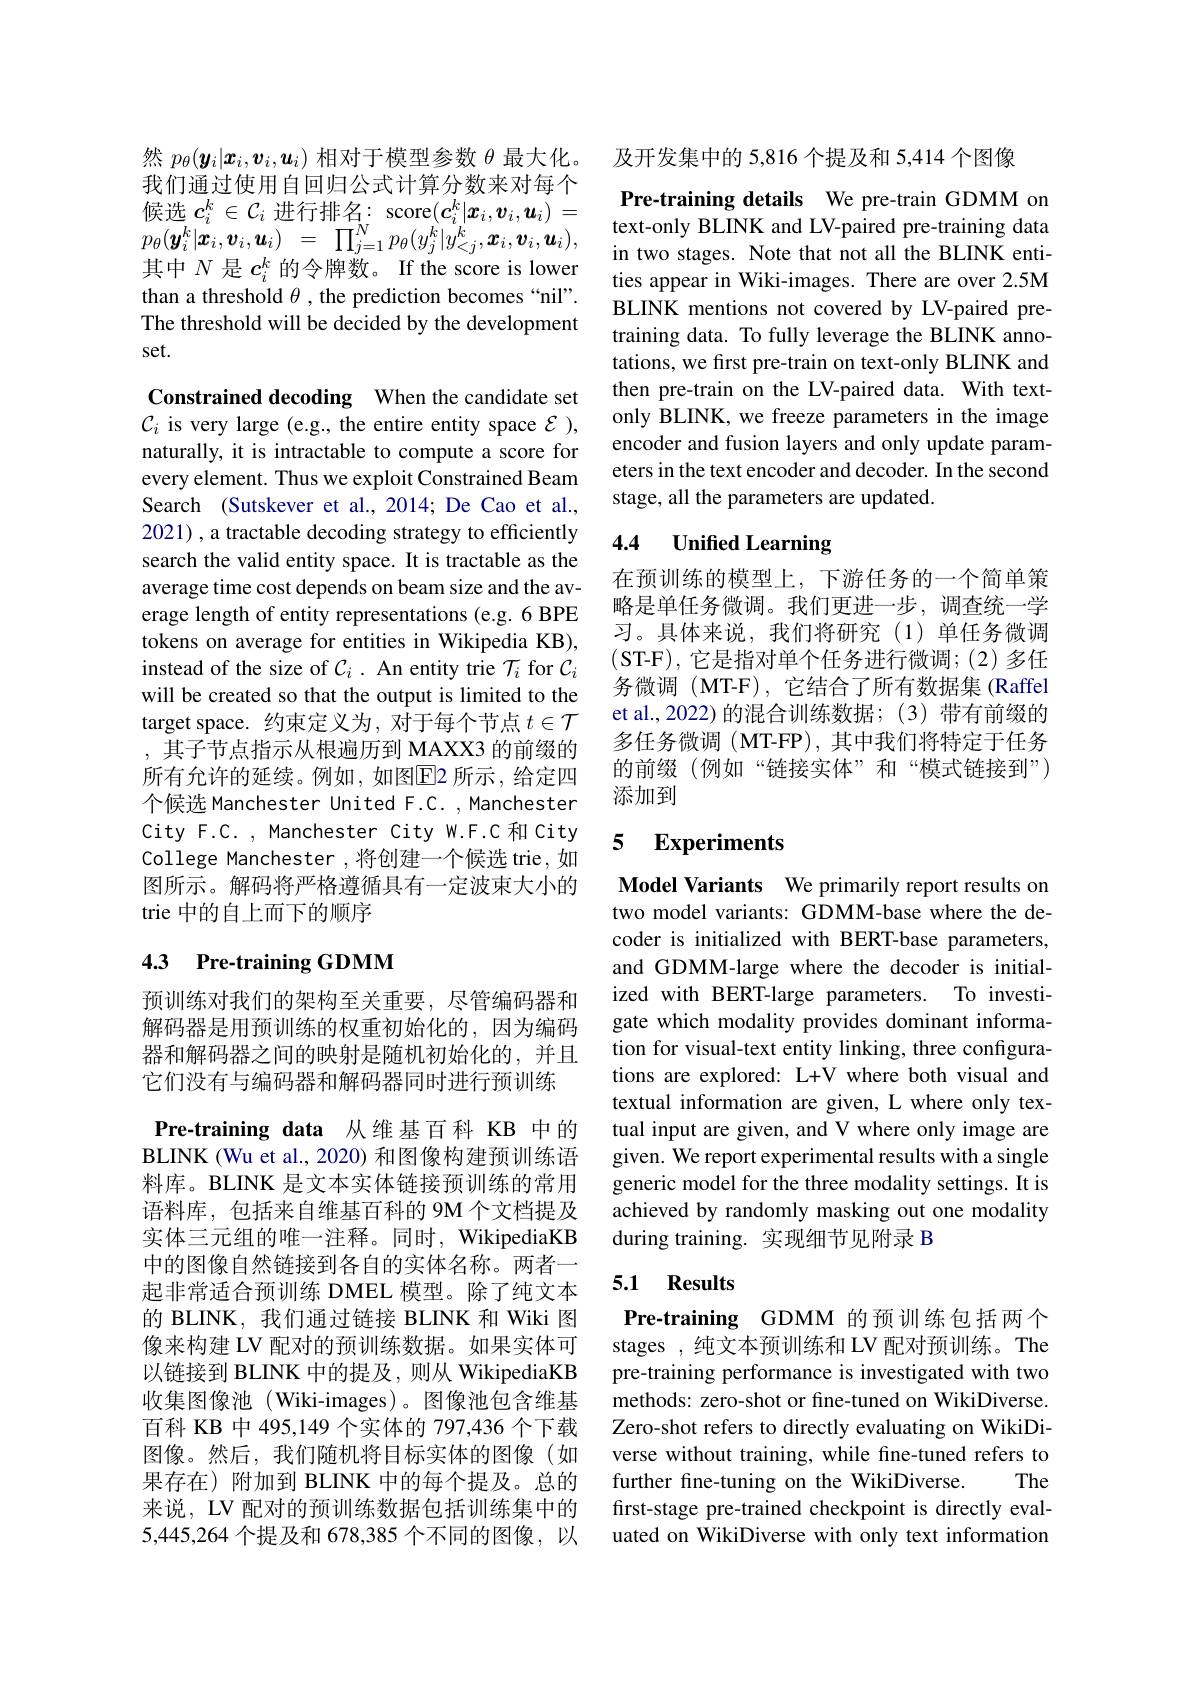
然$p_\theta(\boldsymbol{y}_i|\boldsymbol{x}_i,\boldsymbol{v}_i,\boldsymbol{u}_i)$相对于模型参数$\theta$最大化。我们通过使用自回归公式计算分数来对每个候选$c_i^k\in\mathcal{C}_i$进行排名：score$(c_i^k|\boldsymbol x_i,\boldsymbol v_i,\boldsymbol u_i)=$ $p_{\theta }( \boldsymbol{y}_{i}^{k}| \boldsymbol{x}_{i}, \boldsymbol{v}_{i}, \boldsymbol{u}_{i})$ = $\prod _{j= 1}^{N}p_{\theta }( y_{j}^{k}| y_{< j}^{k}, \boldsymbol{x}_{i}, \boldsymbol{v}_{i}, \boldsymbol{u}_{i}) $, 其中$N$是$c_i^k$的令牌数。If the score is lower than a threshold $\theta$ , the prediction becomes“nil”. The threshold will be decided by the development set.

Constrained decoding When the candidate set $\mathcal{C}_i$ is very large (e.g., the entire entity space $\mathcal{E})$, naturally, it is intractable to compute a score for every element. Thus we exploit Constrained Beam Search (Sutskever et al.,2014; De Cao et al., 2021) , a tractable decoding strategy to efficiently search the valid entity space. It is tractable as the average time cost depends on beam size and the average length of entity representations (e.g. 6 BPE tokens on average for entities in Wikipedia KB), instead of the size of $\mathcal{C}_i.$ An entity trie $\mathcal{T}_i$ for $\mathcal{C}_i$ will be created so that the output is limited to the target space. 约束定义为，对于每个节点$t\in\mathcal{T}$ ,其子节点指示从根遍历到 MAXX3 的前缀的所有允许的延续。例如，如图$\overline{\mathrm{E}}$2 所示，给定四个候选 Manchester United F.C. , Manchester City F.C., Manchester City W.F.C 和 City College Manchester ,将创建一个候选 trie, 如图所示。解码将严格遵循具有一定波束大小的trie 中的自上而下的顺序

# 4.3 Pre-training GDMM

预训练对我们的架构至关重要，尽管编码器和解码器是用预训练的权重初始化的，因为编码器和解码器之间的映射是随机初始化的，并且它们没有与编码器和解码器同时进行预训练

Pre-training data 从维基百科 KB 中的BLINK (Wu et al., 2020) 和图像构建预训练语料库。BLINK 是文本实体链接预训练的常用语料库，包括来自维基百科的 9M 个文档提及实体三元组的唯一注释。同时，WikipediaKB 中的图像自然链接到各自的实体名称。两者一起非常适合预训练 DMEL 模型。除了纯文本的 BLINK, 我们通过链接 BLINK 和 Wiki 图像来构建 LV 配对的预训练数据。如果实体可以链接到 BLINK 中的提及，则从 WikipediaKB 收集图像池(Wiki-images)。图像池包含维基百科 KB 中 495,149 个实体的 797,436 个下载图像。然后，我们随机将目标实体的图像(如果存在)附加到 BLINK 中的每个提及。总的来说，LV 配对的预训练数据包括训练集中的5,445,264个提及和 678,385 个不同的图像，以

及开发集中的 5,816 个提及和 5,414 个图像

Pre-training details We pre-train GDMM on text-only BLINK and LV-paired pre-training data in two stages. Note that not all the BLINK entities appear in Wiki-images. There are over 2.5M BLINK mentions not covered by LV-paired pretraining data. To fully leverage the BLINK annotations, we first pre-train on text-only BLINK and then pre-train on the LV-paired data. With textonly BLINK, we freeze parameters in the image encoder and fusion layers and only update parameters in the text encoder and decoder. In the second stage, all the parameters are updated.

## 4.4 Unified Learning

在预训练的模型上，下游任务的一个简单策略是单任务微调。我们更进一步，调查统一学习。具体来说，我们将研究(1)单任务微调(ST-F),它是指对单个任务进行微调；(2)多任务微调 (MT-F),它结合了所有数据集 (Raffel et al.,2022) 的混合训练数据；(3)带有前缀的多任务微调(MT-FP),其中我们将特定于任务的前缀(例如“链接实体”和“模式链接到”) 添加到

## 5 Experiments

Model Variants We primarily report results on two model variants: GDMM-base where the decoder is initialized with BERT-base parameters, and GDMM-large where the decoder is initialized with BERT-large parameters. To investigate which modality provides dominant information for visual-text entity linking, three configurations are explored: L+V where both visual and textual information are given, L where only textual input are given, and V where only image are given. We report experimental results with a single generic model for the three modality settings. It is achieved by randomly masking out one modality during training. 实现细节见附录 B

## 5.1 Results

Pre-training GDMM 的预训练包括两个stages ,纯文本预训练和 LV 配对预训练。The pre-training performance is investigated with two methods: zero-shot or fine-tuned on WikiDiverse. Zero-shot refers to directly evaluating on WikiDiverse without training, while fine-tuned refers to further fine-tuning on the WikiDiverse. The first-stage pre-trained checkpoint is directly evaluated on WikiDiverse with only text information